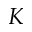
K